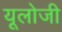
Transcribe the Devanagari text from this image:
यूलोजी